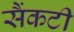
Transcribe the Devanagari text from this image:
सैंकटी